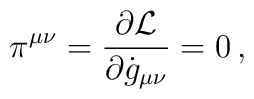
\pi^{\mu\nu}=\frac{\partial{\cal L}}{\partial\dot g_{\mu\nu}}=0\,,